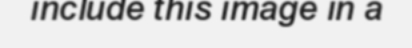
include this image in a